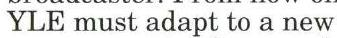
YLE must adapt to a new